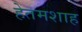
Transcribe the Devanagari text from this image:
हेतमशाह